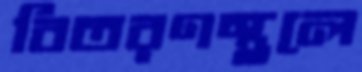
বিতরণস্থলে